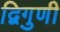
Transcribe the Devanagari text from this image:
द्विगुणी